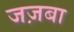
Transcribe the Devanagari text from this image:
जज़बा